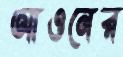
আওনের